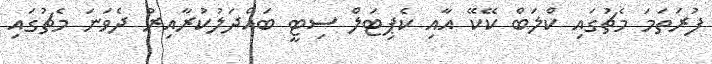
ފުރަތަމަ މެޗުގައި ކްލަބް ކޭކޭ އާއި ކެޕިޓަލް ސިޓީ ބައްދަލުކުރާއިރު ދެވަނަ މެޗުގައި